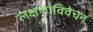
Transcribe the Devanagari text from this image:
लक्षणाविवेचन